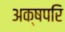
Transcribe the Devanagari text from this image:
अक्षपरि